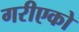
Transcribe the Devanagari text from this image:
गरीएको